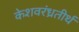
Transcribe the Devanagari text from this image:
केशवरंध्रतीर्थ